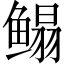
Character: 鳎